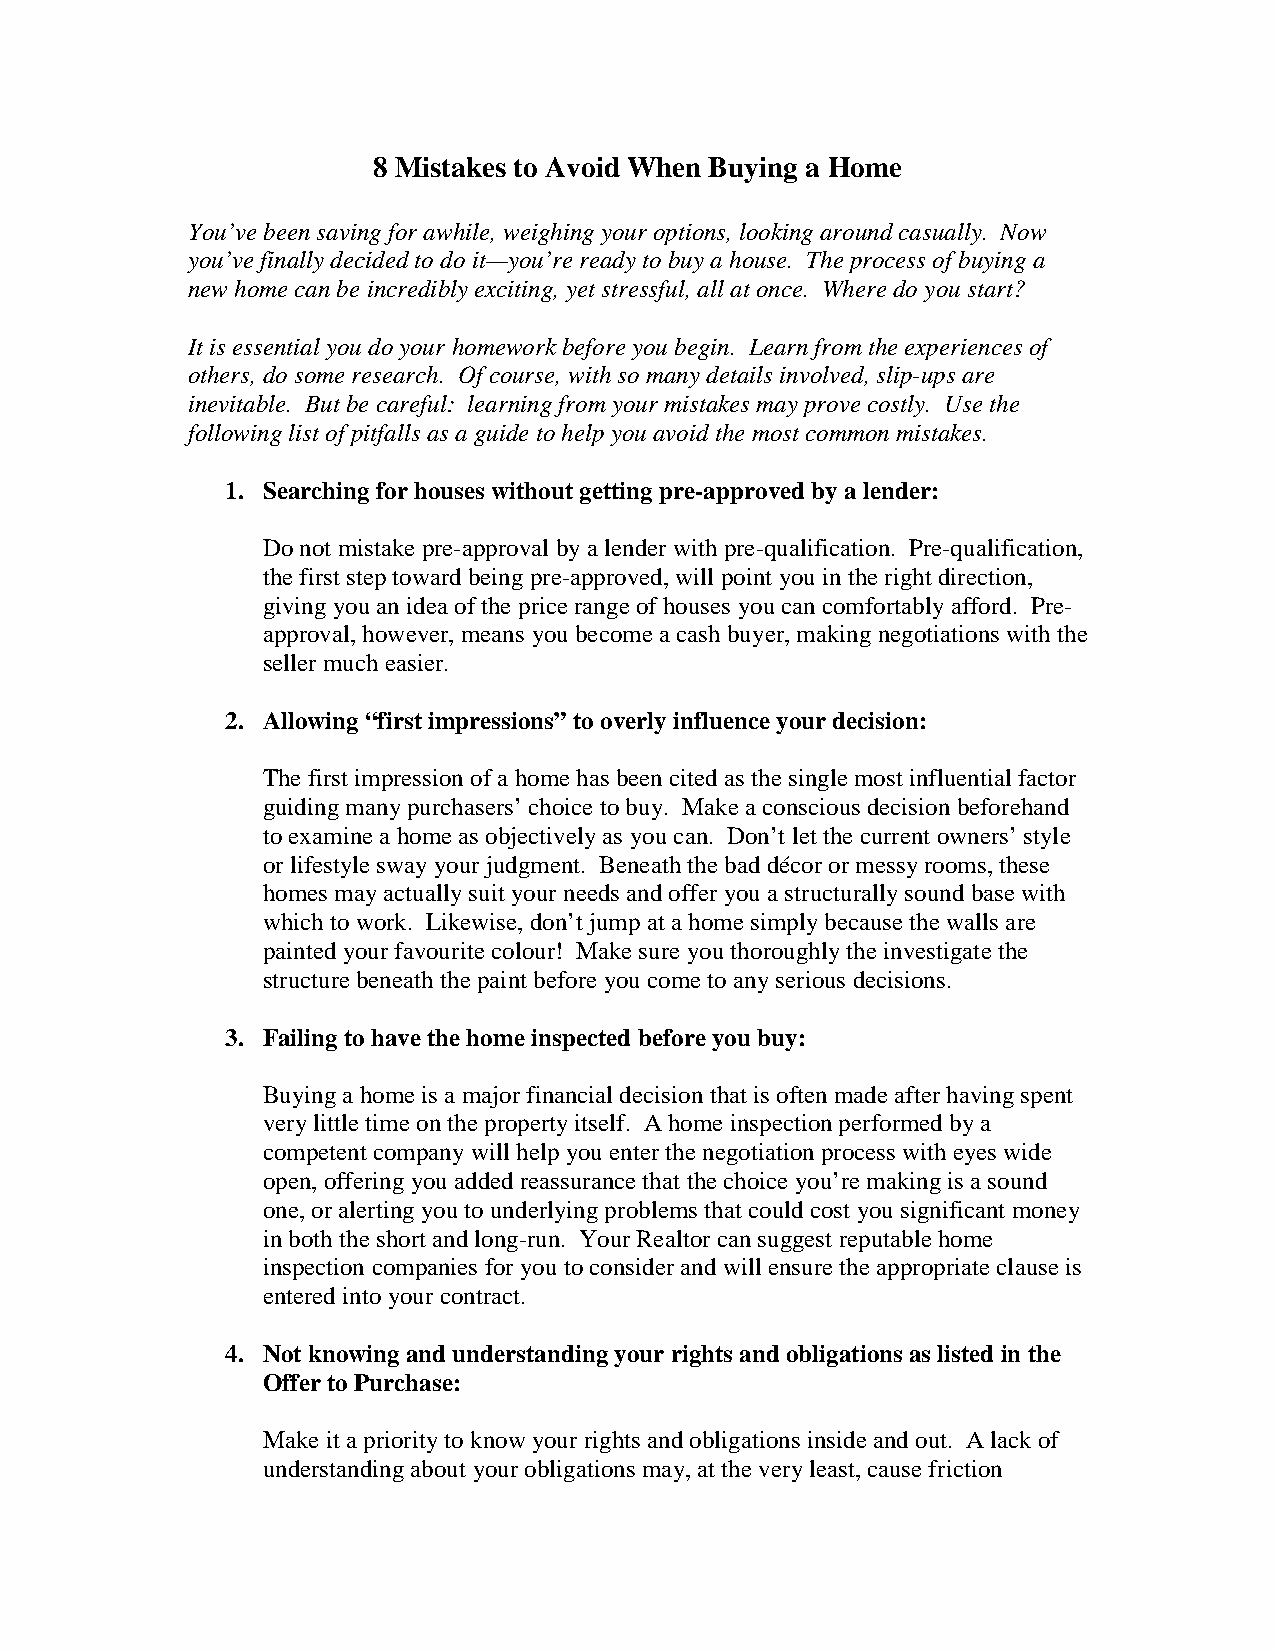
8 Mistakes to Avoid When Buying a Home
 You’ve been saving for awhile, weighing your options, looking around casually. Now
 you’ve finally decided to do it—you’re ready to buy a house. The process of buying a
 new home can be incredibly exciting, yet stressful, all at once. Where do you start?
 It is essential you do your homework before you begin. Learn from the experiences of
 others, do some research. Of course, with so many details involved, slip-ups are
 inevitable. But be careful: learning from your mistakes may prove costly. Use the
 following list of pitfalls as a guide to help you avoid the most common mistakes.
 1. Searching for houses without getting pre-approved by a lender:
 Do not mistake pre-approval by a lender with pre-qualification. Pre-qualification,
 the first step toward being pre-approved, will point you in the right direction,
 giving you an idea of the price range of houses you can comfortably afford. Pre-
 approval, however, means you become a cash buyer, making negotiations with the
 seller much easier.
 2. Allowing “first impressions” to overly influence your decision:
 The first impression of a home has been cited as the single most influential factor
 guiding many purchasers’ choice to buy. Make a conscious decision beforehand
 to examine a home as objectively as you can. Don’t let the current owners’ style
 or lifestyle sway your judgment. Beneath the bad décor or messy rooms, these
 homes may actually suit your needs and offer you a structurally sound base with
 which to work. Likewise, don’t jump at a home simply because the walls are
 painted your favourite colour! Make sure you thoroughly the investigate the
 structure beneath the paint before you come to any serious decisions.
 3. Failing to have the home inspected before you buy:
 Buying a home is a major financial decision that is often made after having spent
 very little time on the property itself. A home inspection performed by a
 competent company will help you enter the negotiation process with eyes wide
 open, offering you added reassurance that the choice you’re making is a sound
 one, or alerting you to underlying problems that could cost you significant money
 in both the short and long-run. Your Realtor can suggest reputable home
 inspection companies for you to consider and will ensure the appropriate clause is
 entered into your contract.
 4. Not knowing and understanding your rights and obligations as listed in the
 Offer to Purchase:
 Make it a priority to know your rights and obligations inside and out. A lack of
 understanding about your obligations may, at the very least, cause friction